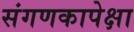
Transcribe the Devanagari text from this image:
संगणकापेक्षा